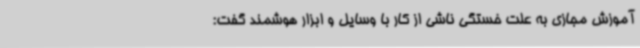
آموزش مجازی به علت خستگی ناشی از کار با وسایل و ابزار هوشمند گفت: